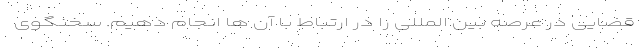
قضایی در عرصه بین المللی را در ارتباط با آن ها انجام دهیم. سخنگوی